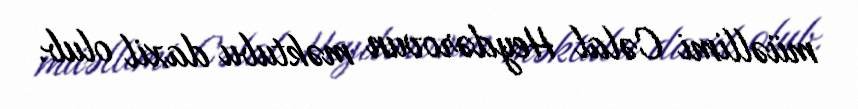
müəllimi Cəlal Heydərovun məktubu daxil olub.